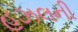
હઝલની